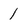
Character: 1